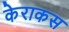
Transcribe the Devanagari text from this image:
केराकस